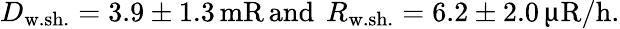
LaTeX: D_{\mathrm{w.sh.}}=3.9\pm 1.3\, \mathrm{mR\, and~\, }R_{\mathrm{w.sh.}}=6.2\pm 2.0\, \upmu\mathrm{R/h}.